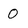
Character: O